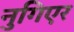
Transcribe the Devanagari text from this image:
नुगिएर